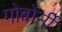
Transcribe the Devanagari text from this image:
गोबोर्नी